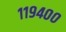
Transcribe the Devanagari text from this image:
११९४००